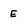
Character: E